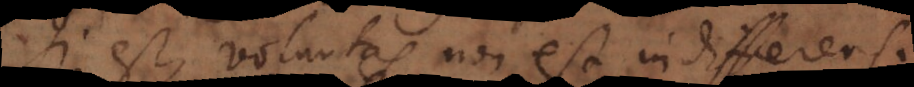
Si est, voluntas non est indifferens,